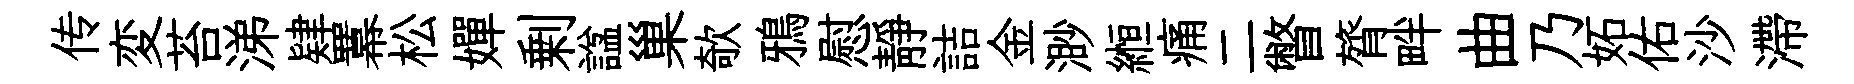
传変苔涕肄羃松嬋剰諡巢欹鴉慰靜詰金渺縆痛二瞥膂畔曲乃妬佑沙滯